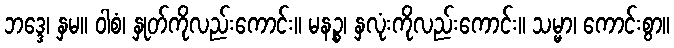
ဘဒ္ဒေ၊ နှမ။ ဝါစံ၊ နှုတ်ကိုလည်းကောင်း။ မနဉ္စ၊ နှလုံးကိုလည်းကောင်း။ သမ္မာ၊ ကောင်းစွာ။